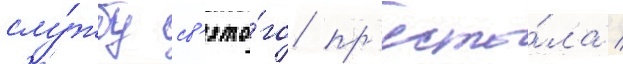
слу́жбу св'ято́го пр'есто́ла /